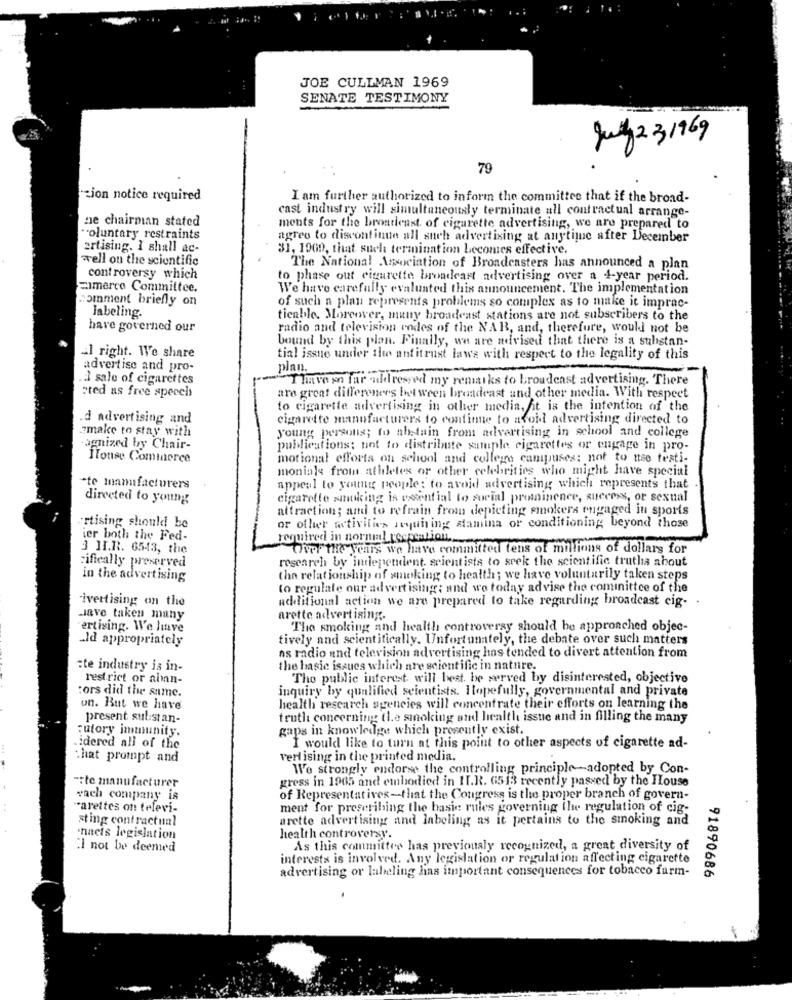
JOE CULLMAN 1969
SENATE TESTIMONY
July 231969
79
Lion notice required
I am further authorized to inform the committee that if the broad-
cast industry will simultaneously terminate all contractual arrange-
ne chairman stated
ments for the broatleast, of cigarette advertising, we are prepared to
"oluntary restraints
agree to discontinue all such advertising at anytime after December
ertising. I shall ac-
31, 1900, that such termination becomes effective.
well on the scientific
The National Association of Broadcasters has announced a plan
controversy which
to phase out cigarette broadcast advertising over a 1-year period.
Eimerco Committee.
We have carefully evaluated this announcement. The implementation
comment briefly on
of such a plan represents problems so complex as to make it imprac-
Jabeling.
tieable. Moreover, many broadcast stations are not subscribers to the
have governed our
radio and television codes of the NAB, and, therefore, would not be
bound by this plan. Finally, we are advised that there is a substan-
l right. We share
tial issue under the antitrust laws with respect to the legality of this
advertise and pro-
plan.
2 sale of cigarettes
Thave en far adressed my remarks to broadcast advertising. There
"ted as free speech
are great differeners bet ween broadeast and other media. With respect
to cigarette advertising in other media, it is the intention of the
d advertising and
cigarette manufacturers to continue to avoid advertising directed to
zmake to stay with
young persons; to abstain from advertising in school and college
agnized by Chair-
publications: not to distribute souple cigarettes or engage in pro-
ITouse Commerce
motional efforts on school and college campuses: not to use testi-
moniale from athletes or other celebrities who might have special
-te manufacturers
appeal to young people: to avoid advertising which represents that
directed to young
cigarette smoking is essential to social prominence, success, or sexual
attraction; and to refrain from depicting smokers engaged in sports
·rtising should be
or other activities sequning stamina or conditioning beyond those
ier both the Fed-
required in normal tococalion.
3 II.R. 6543, the
Over the years we have committed tens of millions of dollars for
cifically preserved
research by independent, scientists to srek the scientific truths about
in the advertising
the relationship of smoking to health; we have voluntarily taken steps
to regulate our advertising; and wo today advise the cominittce of the
ivertising on the
additional action we are prepared to take regarding broadcast cig-
Have taken many
arette advertising.
ertising. We live
The smoking and health controversy should be approached objec-
_Id appropriately
tively and scientifically. Unfortunately, the debate over such matters
ns radio and television advertising has tended to divert attention from
:te industry is in-
the basic issues which are scientific in nature.
restrict or aban-
The public interest will best. be served by disinterested, objective
:ors did the same.
inquiry by qualified scientists. Hopefully, governmental and private
un. But we have
health research agencies will concentrate their efforts on learning the
present substan-
truth concerning the smoking and health issue and in filling the many
cutory immunity.
gaps in knowledge which presently exist.
idered all of the
I would like to turn at this point to other aspects of cigarette ad-
that prompt and
vert ising in the printed media.
We strongly endorse the controlling principle -- adopted by Con-
tte manufacturer
gress in 1965 and embodied in II.R. 6513 recently passed by the House
wach company is
of Representatives-that the Congress is the proper branch of govern-
"arettes on televi-
ment for prescribing the basic rules governing the regulation of cig-
sting contractual
arette advertising and labeling as it pertains to the smoking and
.nacis legislation
health controversy.
"I not In deemed
As this committee has previously recognized, a great diversity of
interests is involved. Any legislation or regulation affecting cigarette
advertising or labeling has important consequences for tobacco farm-
91890686